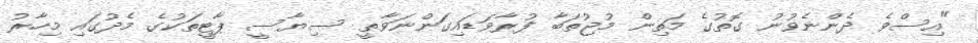
"އިސްވެ ދެންނެވުނު ގޮތުގެ މަތިން މުޖުތަބާ ފުރާވަޑައިގަންނަވާތީ ސިޔާސީ ޕާޓީތަކުގެ މެދުގައި މިހާރު